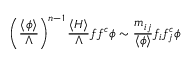
\left( \frac { \langle \phi \rangle } { \Lambda } \right) ^ { n - 1 } \frac { \langle H \rangle } { \Lambda } f f ^ { c } \phi \sim \frac { m _ { i j } } { \langle \phi \rangle } f _ { i } f _ { j } ^ { c } \phi